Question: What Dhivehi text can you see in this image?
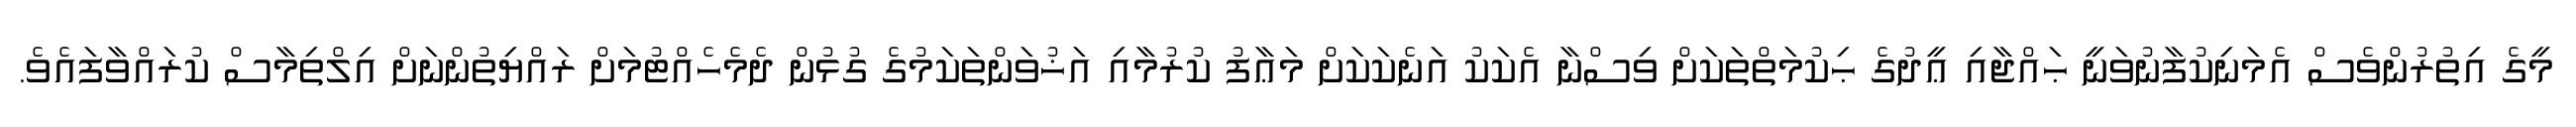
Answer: މީގެ އިތުރުންވެސް އެމަނިކުފާނުވަނީ ޙައްޖާއި ޢީދުގެ ޙިކުމަތްތަކަށް ވިސްނާ އެކަކު އަނެކަކަށް މަޢާފު ކުރުމާއި އަޚުވަންތަކަމުގެ ގުޅުން ދެމެހެއްޓުމަށް ރައްޔިތުންނަށް އިލްތިމާސް ކުރައްވާފައެވެ.